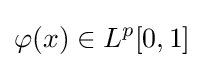
\varphi (x)\in L^{p}[0,1]